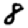
Digit: 8